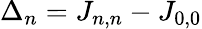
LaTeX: \Delta_{n}=J_{n,n}-J_{0,0}